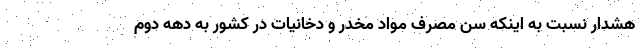
هشدار نسبت به اینکه سن مصرف مواد مخدر و دخانیات در کشور به دهه دوم